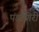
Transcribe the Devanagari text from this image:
पंडागिरी